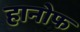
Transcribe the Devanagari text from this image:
हानोफ